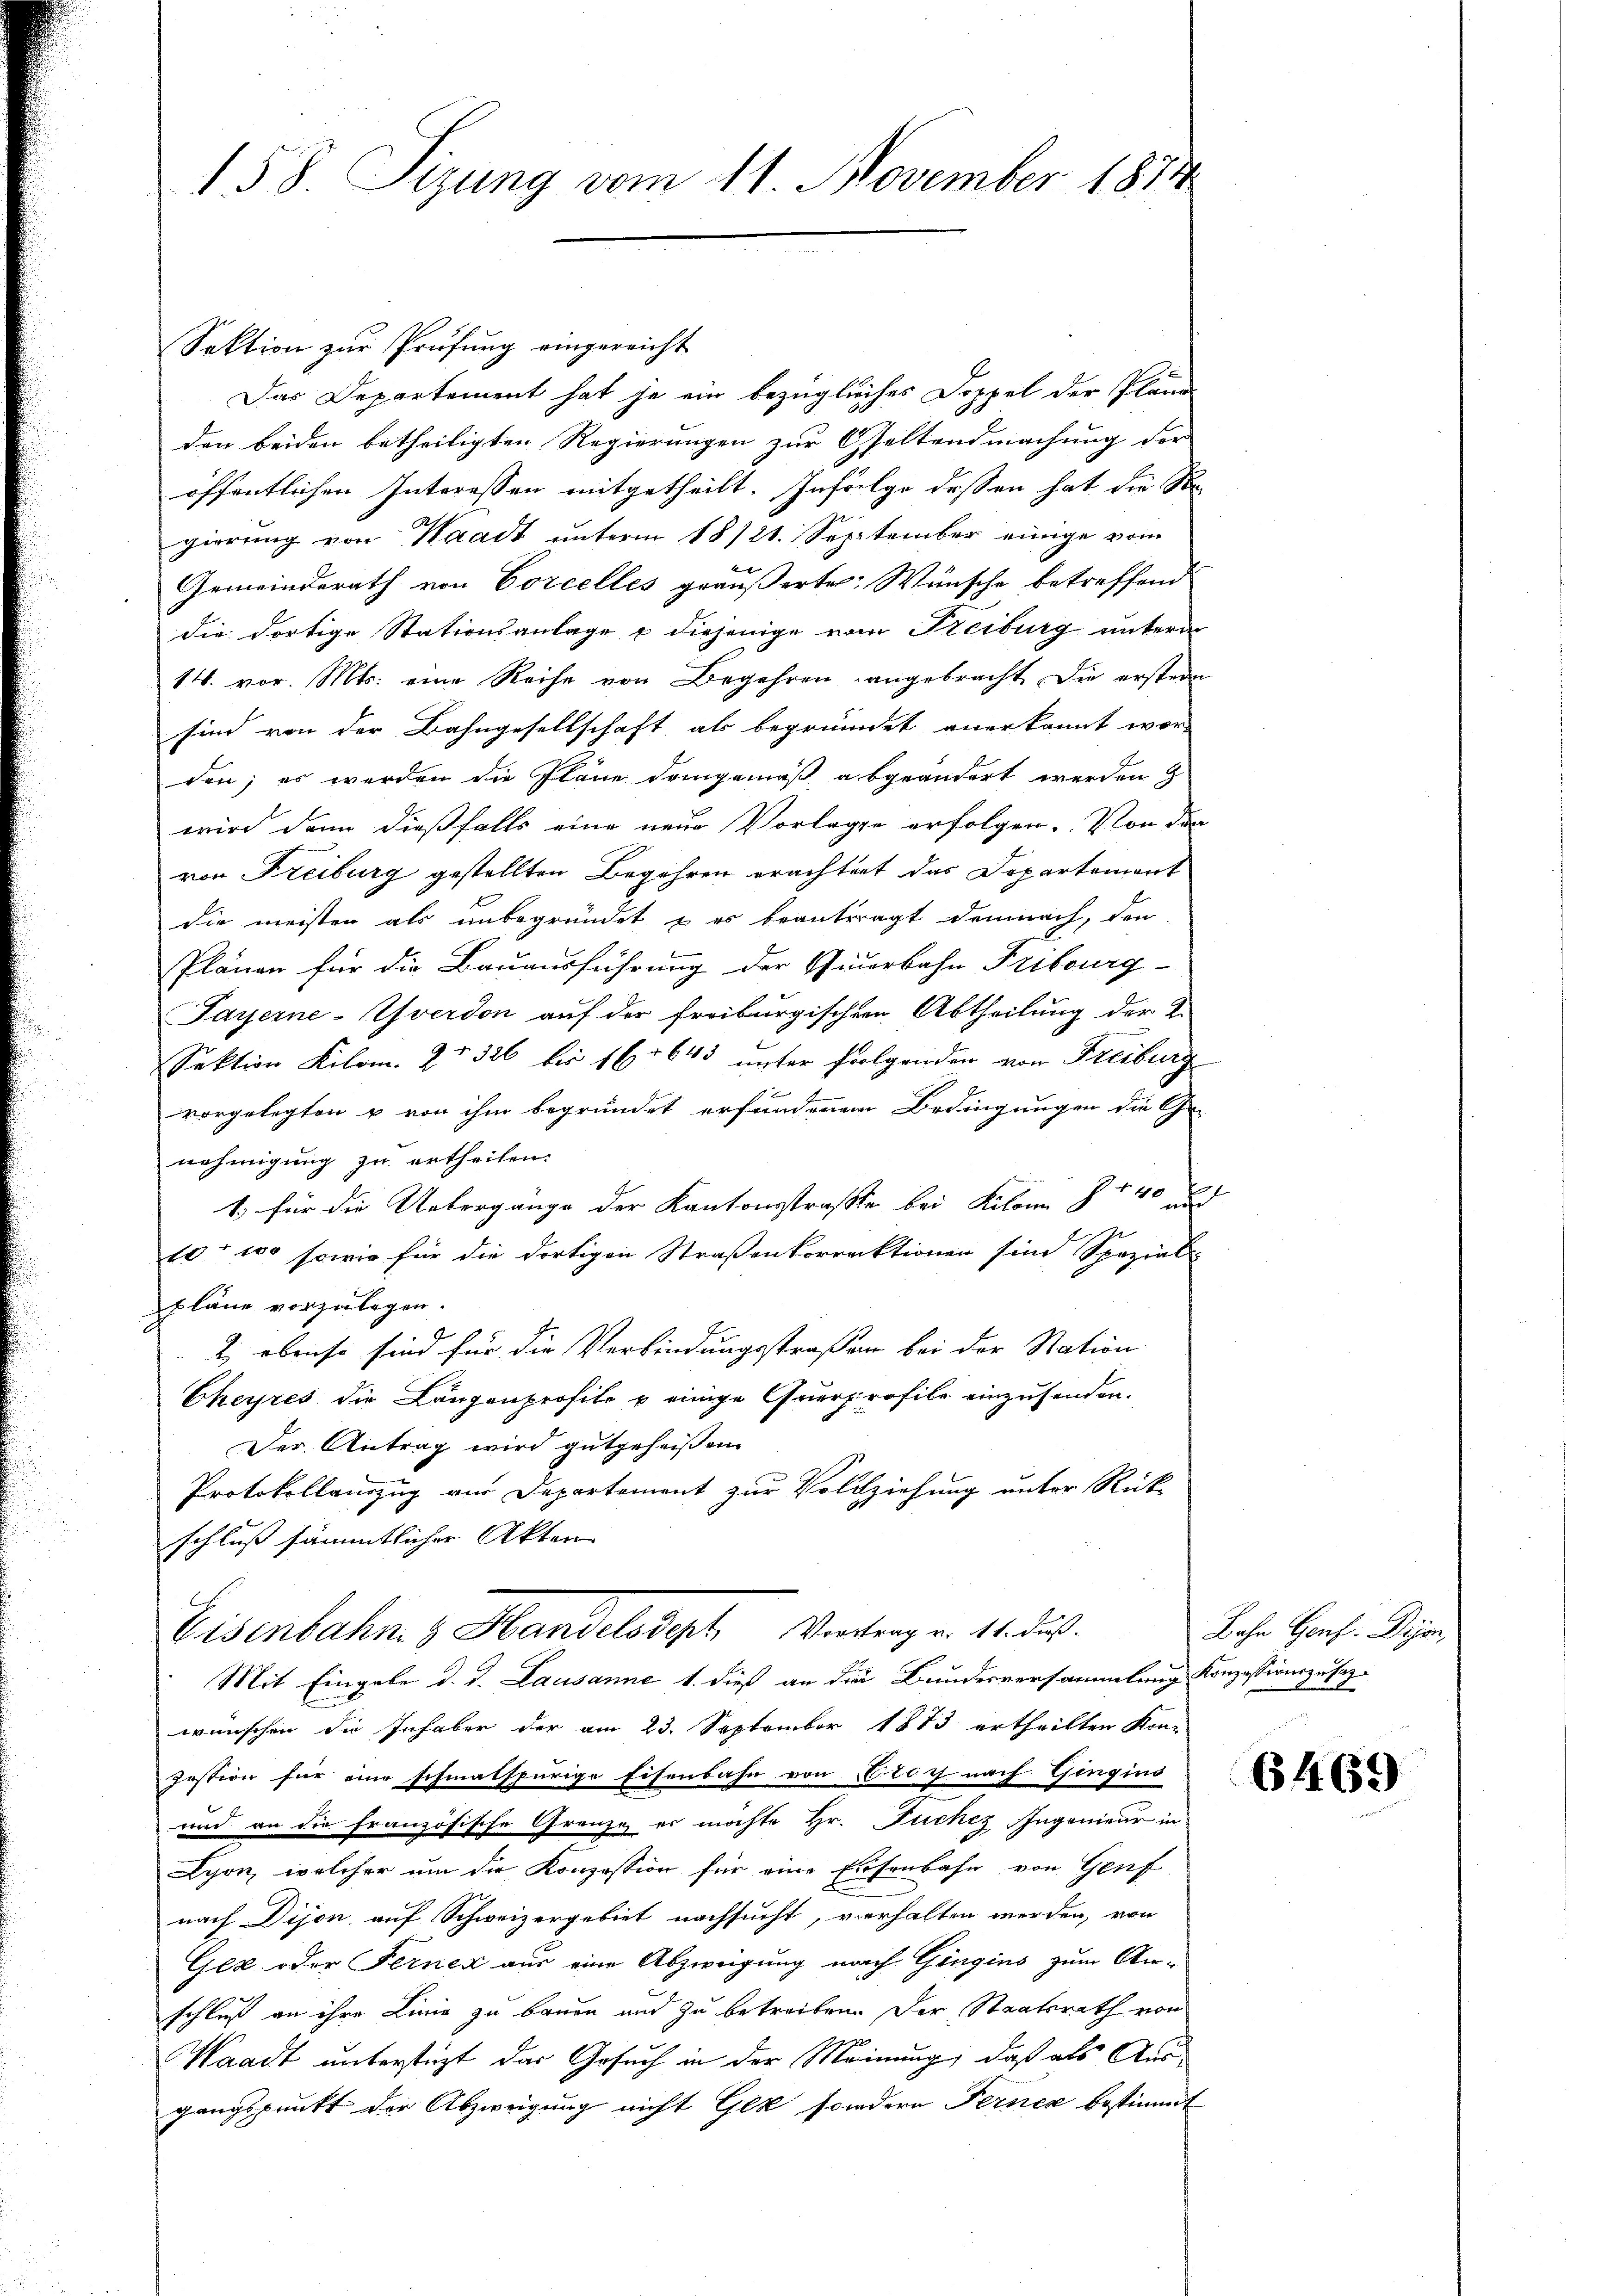
158. Sizung vom 11. November 1874

Sektion zur Prüfung eingereicht
Das Departement hat je ein bezügliches Doppel der Pläne
den beiden betheiligten Regierungen zur Oseltendmachung der
öffentlichen Interessen mitgetheilt. Infolge dessen hat die Ste
gierung von Waadt unterm 18/21. September einige vom
Gemeinderath von Corcelles geäußerte Wünsche betreffend
die dortige Stationsanlage u diejenige vom Freiburg unterm
14. vor. Mts. eine Reihe von Begehren angebracht die erstern
sind von der Bahngesellschaft als begründet anerkannt wor-
den; es werden die Pläne demgemäß abgeändert werden
wird dann dießfalls eine neue Vorlage erfolgen. Von der
von Freiburg gestellten Begehren erachtent das Departement
die meisten als unbegründet & es beantragt demnach, den
Plänen für die Bauausführung der Generbahn Fribourg-
Payerne-Yverdon auf der freiburgischen Abtheilung der K.
Sektion Kilom. ZV 326 bis 16. 643 unter folgenden von Freiburg
vorgelegten & von ihm begründet erfundenem Bedingungen die Ge-
nehmigung zu ertheilen.
1) für die Uebergänge der Kantonsstraße bei Kolon § 140 d
10. 100 sowie für die dortigen Straßenkorrektionen sind Spezial
pläne vorzulegen.
2 ebenso sind für die Verbindungsstraßen bei der Station
Cheyres die Langenprofile u einige Querprofile einzusenden.
Der Antrag wird gutgeheißen
Protokollauszug am Departement zur Vollziehung unter Rück-
schluß sämmtlicher Akten
Eisenbahn & Handelsdept Vortrag v. 11. diβ.
Mit Eingabe d. J. Lausanne 1. dieß an die Bundesversammlung Konzessionszusag
wünschen die Inhaber der am 23. September 1883 ertheilten Kon-
zostion für eine schmalspurige Eisenbahn von zog nach Gingins
und an die französische Grenze es möchte Hr. Puchez Ingenieur in
Lyon, welcher um die Konzession für eine Eisenbahn von Genf
nach Dijon auf Schweizergebiet nachsucht, verhalten werden, von
Gek oder Ferner aus eine Abzweigung nach Gingins zum Anschluß an ihre Linie zu bauen und zu betreiben. Der Staatsrath von
Waadt unterstüzt, das Gesuch in der Meinung, daß als Ausgangspunkt der Abzweigung nicht Gek sondern Ferner bestimmt

Bahn Genf. Disen,

6469